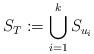
LaTeX: \begin{align*}S_T := \bigcup_{i=1}^k S_{u_i}\end{align*}